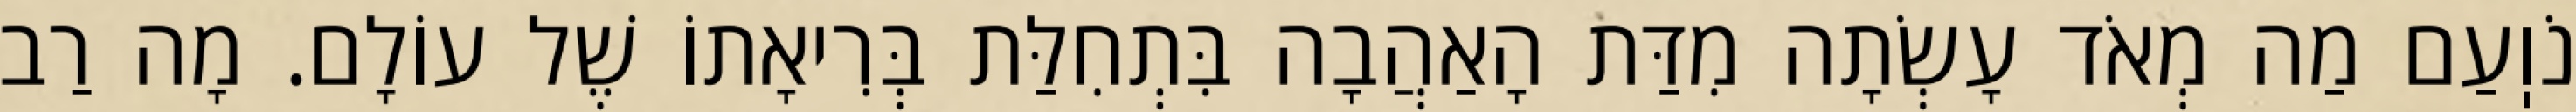
נֹוֽעַם מַה מְאֹד עָשְׂתָה מִדַּת הָאַהֲבָה בִּתְחִלַּת בְּרִיאָתוֹ שֶׁל עוֹלָם. מָה רַב